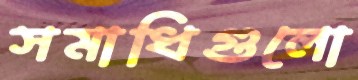
সমাধিগুলো